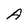
Character: A